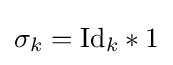
\sigma _{k}={\text{Id}}_{k}*1